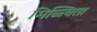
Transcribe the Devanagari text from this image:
मिळ्विता